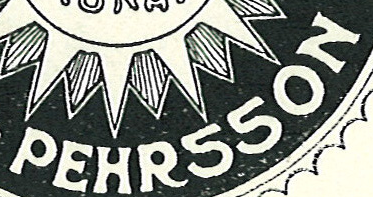
PEHR55ON